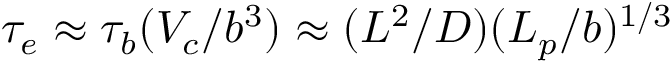
\tau _ { e } \approx \tau _ { b } ( V _ { c } / b ^ { 3 } ) \approx ( L ^ { 2 } / D ) ( L _ { p } / b ) ^ { 1 / 3 }